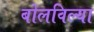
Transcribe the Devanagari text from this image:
बोलविल्या